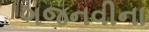
ગજનવીના